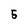
Character: 5